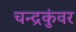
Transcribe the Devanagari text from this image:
चन्द्रकुंवर